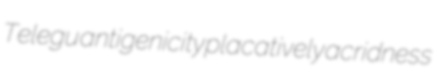
Telegu antigenicity placatively acridness